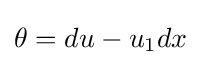
\theta =du-u_{1}dx